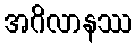
အဂိလာနဿ